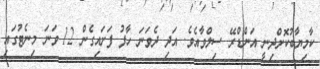
ކާމިޔާބުކޮށްދިނީ އަންޑްރޭ ސިލްވާއެވެ. އަދި ދެވަނަ ހާފު ފަށައިގެން 12 ވަނަ މިނެޓުގައި